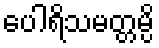
ပေါရိသမတ္တမ္ပိ